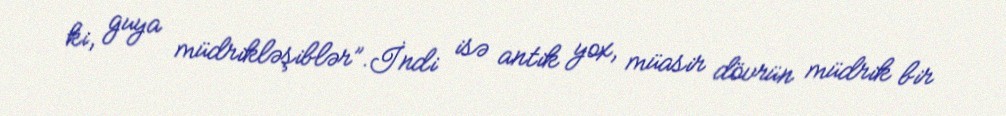
ki, guya müdrikləşiblər”.İndi isə antik yox, müasir dövrün müdrik bir